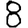
Digit: 8